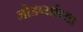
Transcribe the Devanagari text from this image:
जोडप्यांच्या